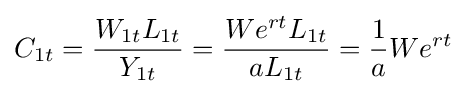
C_{1t}={\frac {W_{1t}L_{1t}}{Y_{1t}}}={\frac {We^{rt}L_{1t}}{aL_{1t}}}={\frac {1}{a}}We^{rt}